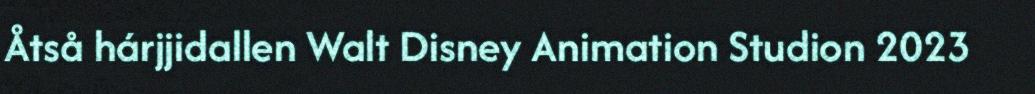
Åtså hárjjidallen Walt Disney Animation Studion 2023